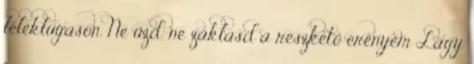
léleklugason. Ne űzd, ne zaklasd a reszkető erényem Lágy